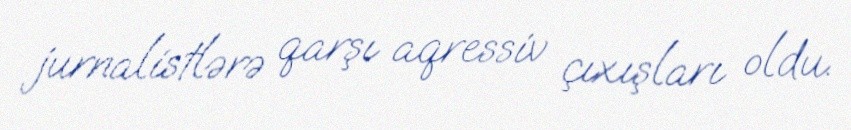
jurnalistlərə qarşı aqressiv çıxışları oldu.